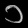
Digit: ၁